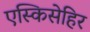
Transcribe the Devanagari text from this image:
एस्किसेहिर